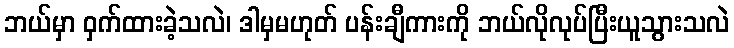
ဘယ်မှာ ဝှက်ထားခဲ့သလဲ၊ ဒါမှမဟုတ် ပန်းချီကားကို ဘယ်လိုလုပ်ပြီးယူသွားသလဲ